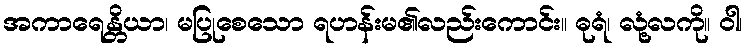
အကာရေန္တိယာ၊ မပြုစေသော ရဟန်းမ၏လည်းကောင်း။ ဓုရံ၊ လုံ့လကို။ ဝါ၊